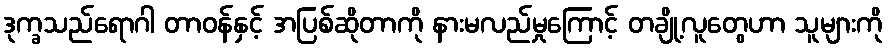
ဒုက္ခသည်ရောဂါ တာဝန်နှင့် အပြစ်ဆိုတာကို နားမလည်မှုကြောင့် တချို့လူတွေဟာ သူများကို